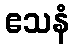
ဧသနံ